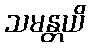
သမန္တယိ